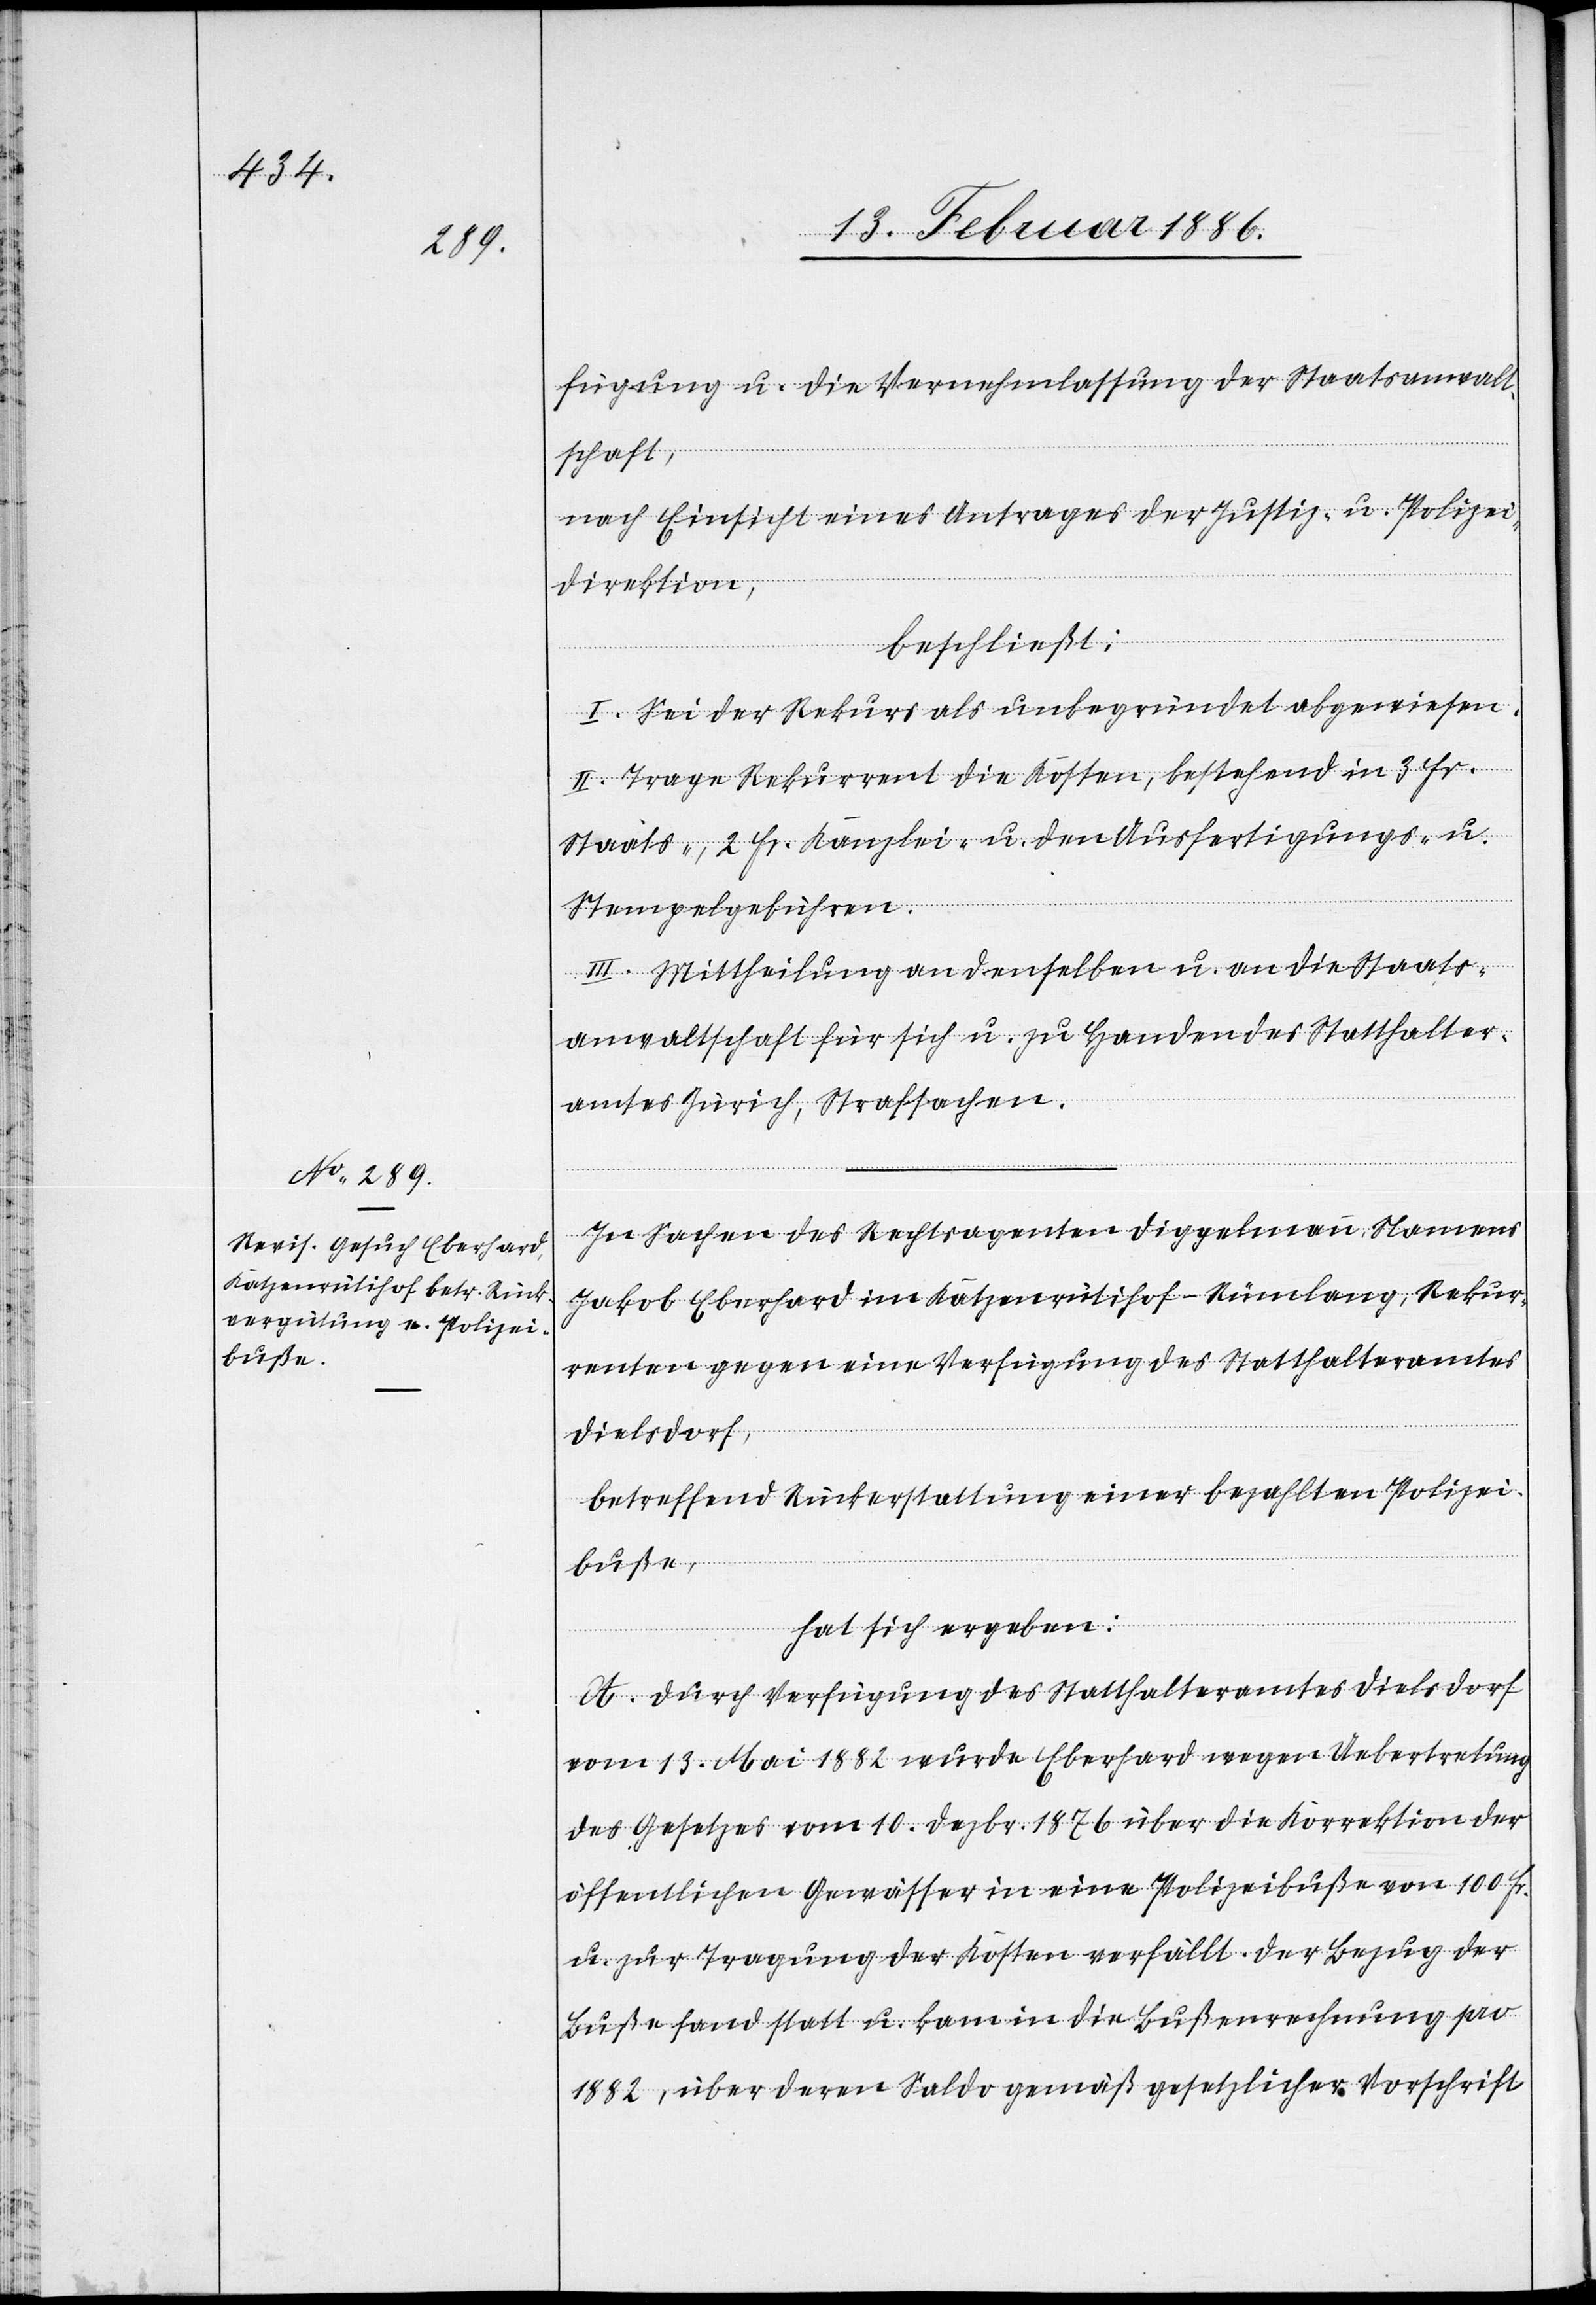
fügung u. die Vernehmlassung der Staatsanwalt¬
schaft,
nach Einsicht eines Antrages der Justiz- u. Polizei¬
direktion,
beschließt:
I. Sei der Rekurs als unbegründet abgewiesen.
II. Trage Rekurrent die Kosten, bestehend in 3 Fr.
Staats- u. 2 Fr. Kanzlei- u. den Ausfertigungs- u.
Stempelgebühren.
III. Mittheilung an denselben u. an die Staats¬
anwaltschaft für sich u. zu Handen des Statthalter¬
amtes Zürich, Strafsachen.
In Sachen des Rechtsagenten Diggelmann, Namens
Jakob Eberhard im Katzenrütihof - Rümlang, Rekur¬
renten gegen eine Verfügung des Statthalteramtes
Dielsdorf,
betreffend Rückerstattung einer bezahlten Polizei¬
buße,
hat sich ergeben:
A. Durch Verfügung des Statthalteramtes Dielsdorf
vom 13. Mai 1882 wurde Eberhard wegen Uebertretung
des Gesetzes vom 10. Dezbr. 1876 über die Korrektion der
öffentlichen Gewässer in eine Polizeibuße von 100 Fr.
u. zur Tragung der Kosten verfällt. Der Bezug der
Buße fand statt u. kam in die Bußenrechnung pro
1882, über deren Saldo gemäß gesetzlicher Vorschrift